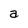
Character: a